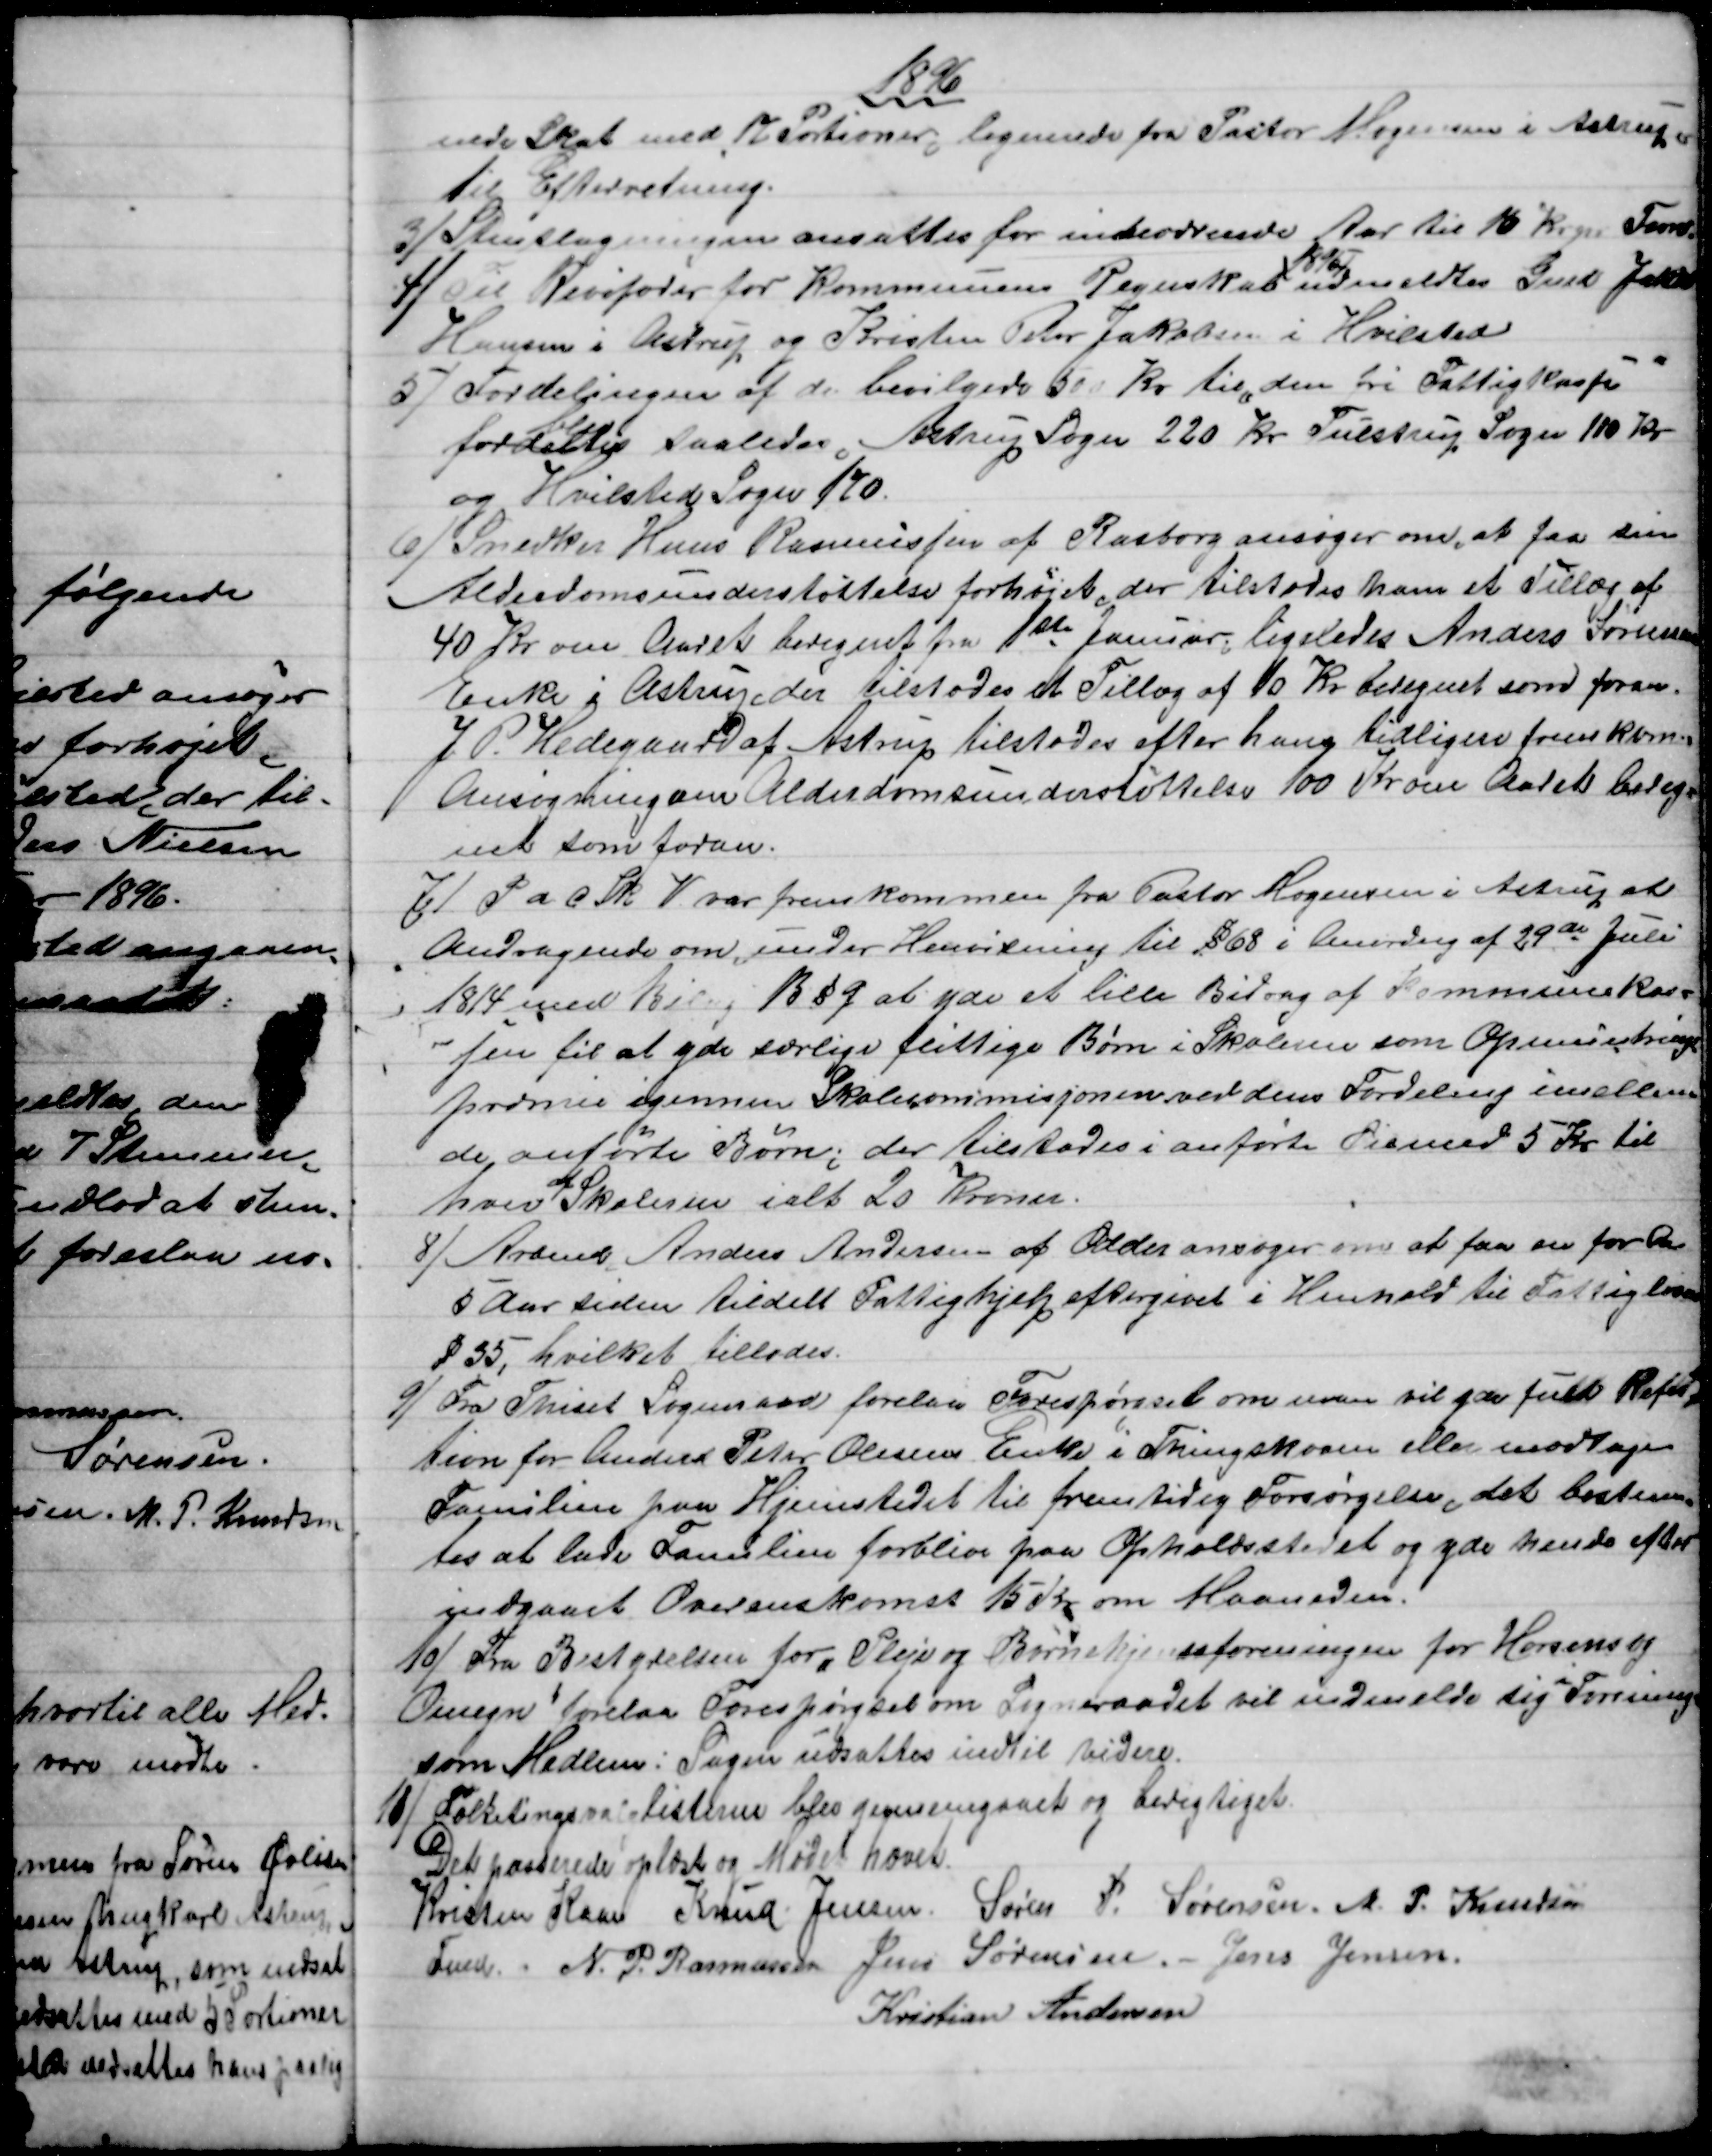
Transskription:
1896
nede Skat med 12 Portioner, lignende fra Pastor Mogensen i Astrup
Til Efterretning.
3)
Stenslagningen ansattes for indeværende Aar til 10 Kr. pr Favn.
4) 
Til Revisorer for Kommunens Regnskab 
1896
udmeldtes Gmd Jakob
Hansen i Astrup og Kristen Peter Jakobsen i Hvilsted
5)
Fordelingen af de bevilgede 500 Kr. til "den fri Fattigkasse"
fordeltes 
blev
saaledes Astrup Sogn 220 Kr. Tulstrup Sogn 110 Kr.
og Hvilsted Sogn 170.
6) 
Snedker Hans Rasmussen af Rasborg ansøger om, at faa sin
Alderdomsunderstøttelse forhøjet, der tilstodes ham et Tillæg af
40 Kr om Aaret beregnet fra 1ste Januar, ligeledes Anders Sørensens
Enke i Astrup, der tilstodes et Tillæg af 10 Kr beregnet som foran.
J. P. Hedegaard af Astrup tilstodes efter hans tidligere fremkomne
Ansøgning om Alderdomsunderstøttelse 100 Kr om Aaret bereg-
net som foran.
7)
P a c Sk. V var fremkommen fra Pastor Mogensen i Astrup et
Andragende om, under Henvisning til §68 i Anordng af 29de Juli
1814 med Bilag B §9 at yde et lille Bidrag af Kommunekas=
sen til at yde særlige flittige Børn i Skolerne som Opmuntrings
præmie igennem Skolekommisjonen ved dens Fordeling imellem
de anførte Børn, der tilstodes i anførte Øiemed 5 Kr til
hver 
af
Skolerne ialt 20 Kroner.
8)
Arbmd Anders Andersen af Odder ansøger om at faa en for de
5 Aar siden tildelt Fattighjelp eftergivet i Henhold til Fattigloven
§ 35, hvilket tillodes.
9) 
Fra Thiset Sogneraad forelaa Forespørgsel om man vil yde fuld Refu-
tion for Anders Peter Olesens Enke i Thingskoven eller modtage
Familien paa Hjemstedet til fremtidig Forsørgelse, det bestem-
tes at lade Familien forblive paa Opholdsstedet og yde hende efter
indgaaet Overenskomst 15 Kr om Maaneden.
10)
Fra Bestyrelsen for "Pleje og Børnehjemsforeningen for Horsens og
Omegn" forelaa Forespørgsel om Sogneraadet vil indmelde sig 
i
Foreningen
som Medlem: Sagen udsattes indtil videre.
11) 
Folketingsvalglisterne blev gennemgaaet og berigtiget
Det passerede oplæst og Mødet hævet.
Kristen Kaae 
Fmd. 
Knud Jensen. Søren P. Sørensen. M. P. Knudsen
N. P. Rasmussen Jens Sørensen. - Jens Jensen.
Kristian Andersen